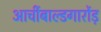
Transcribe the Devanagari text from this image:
आर्चीबाल्डगार्रोड़